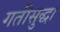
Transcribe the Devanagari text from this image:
गतीसुद्धा